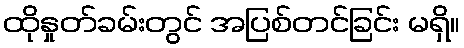
ထိုနှုတ်ခမ်းတွင် အပြစ်တင်ခြင်း မရှိ။